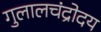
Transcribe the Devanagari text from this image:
गुलालचंद्रोदय